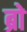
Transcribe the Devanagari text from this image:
ब्राे